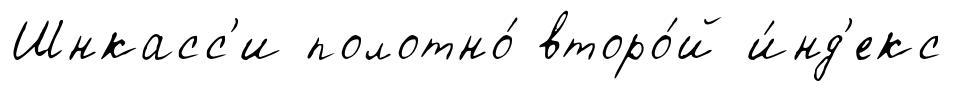
Шнкасс'и полотно́ второ́й и́нд'екс